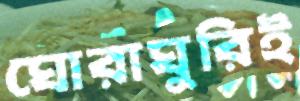
ঘোরাঘুরিই